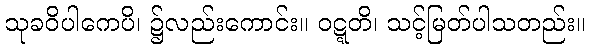
သုခဝိပါကေပိ၊ ၌လည်းကောင်း။ ဝဋ္ဋတိ၊ သင့်မြတ်ပါသတည်း။